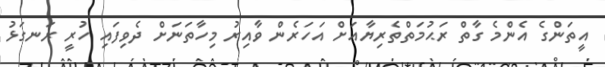
އީތަންގެ އެންމެ ގާތް ރަޙުމަތްތެރިޔާއަށް އަހަރެން ވާއިރު މިހާތަނަށް ދެވިފައި ހުރީ ރަނގަޅު